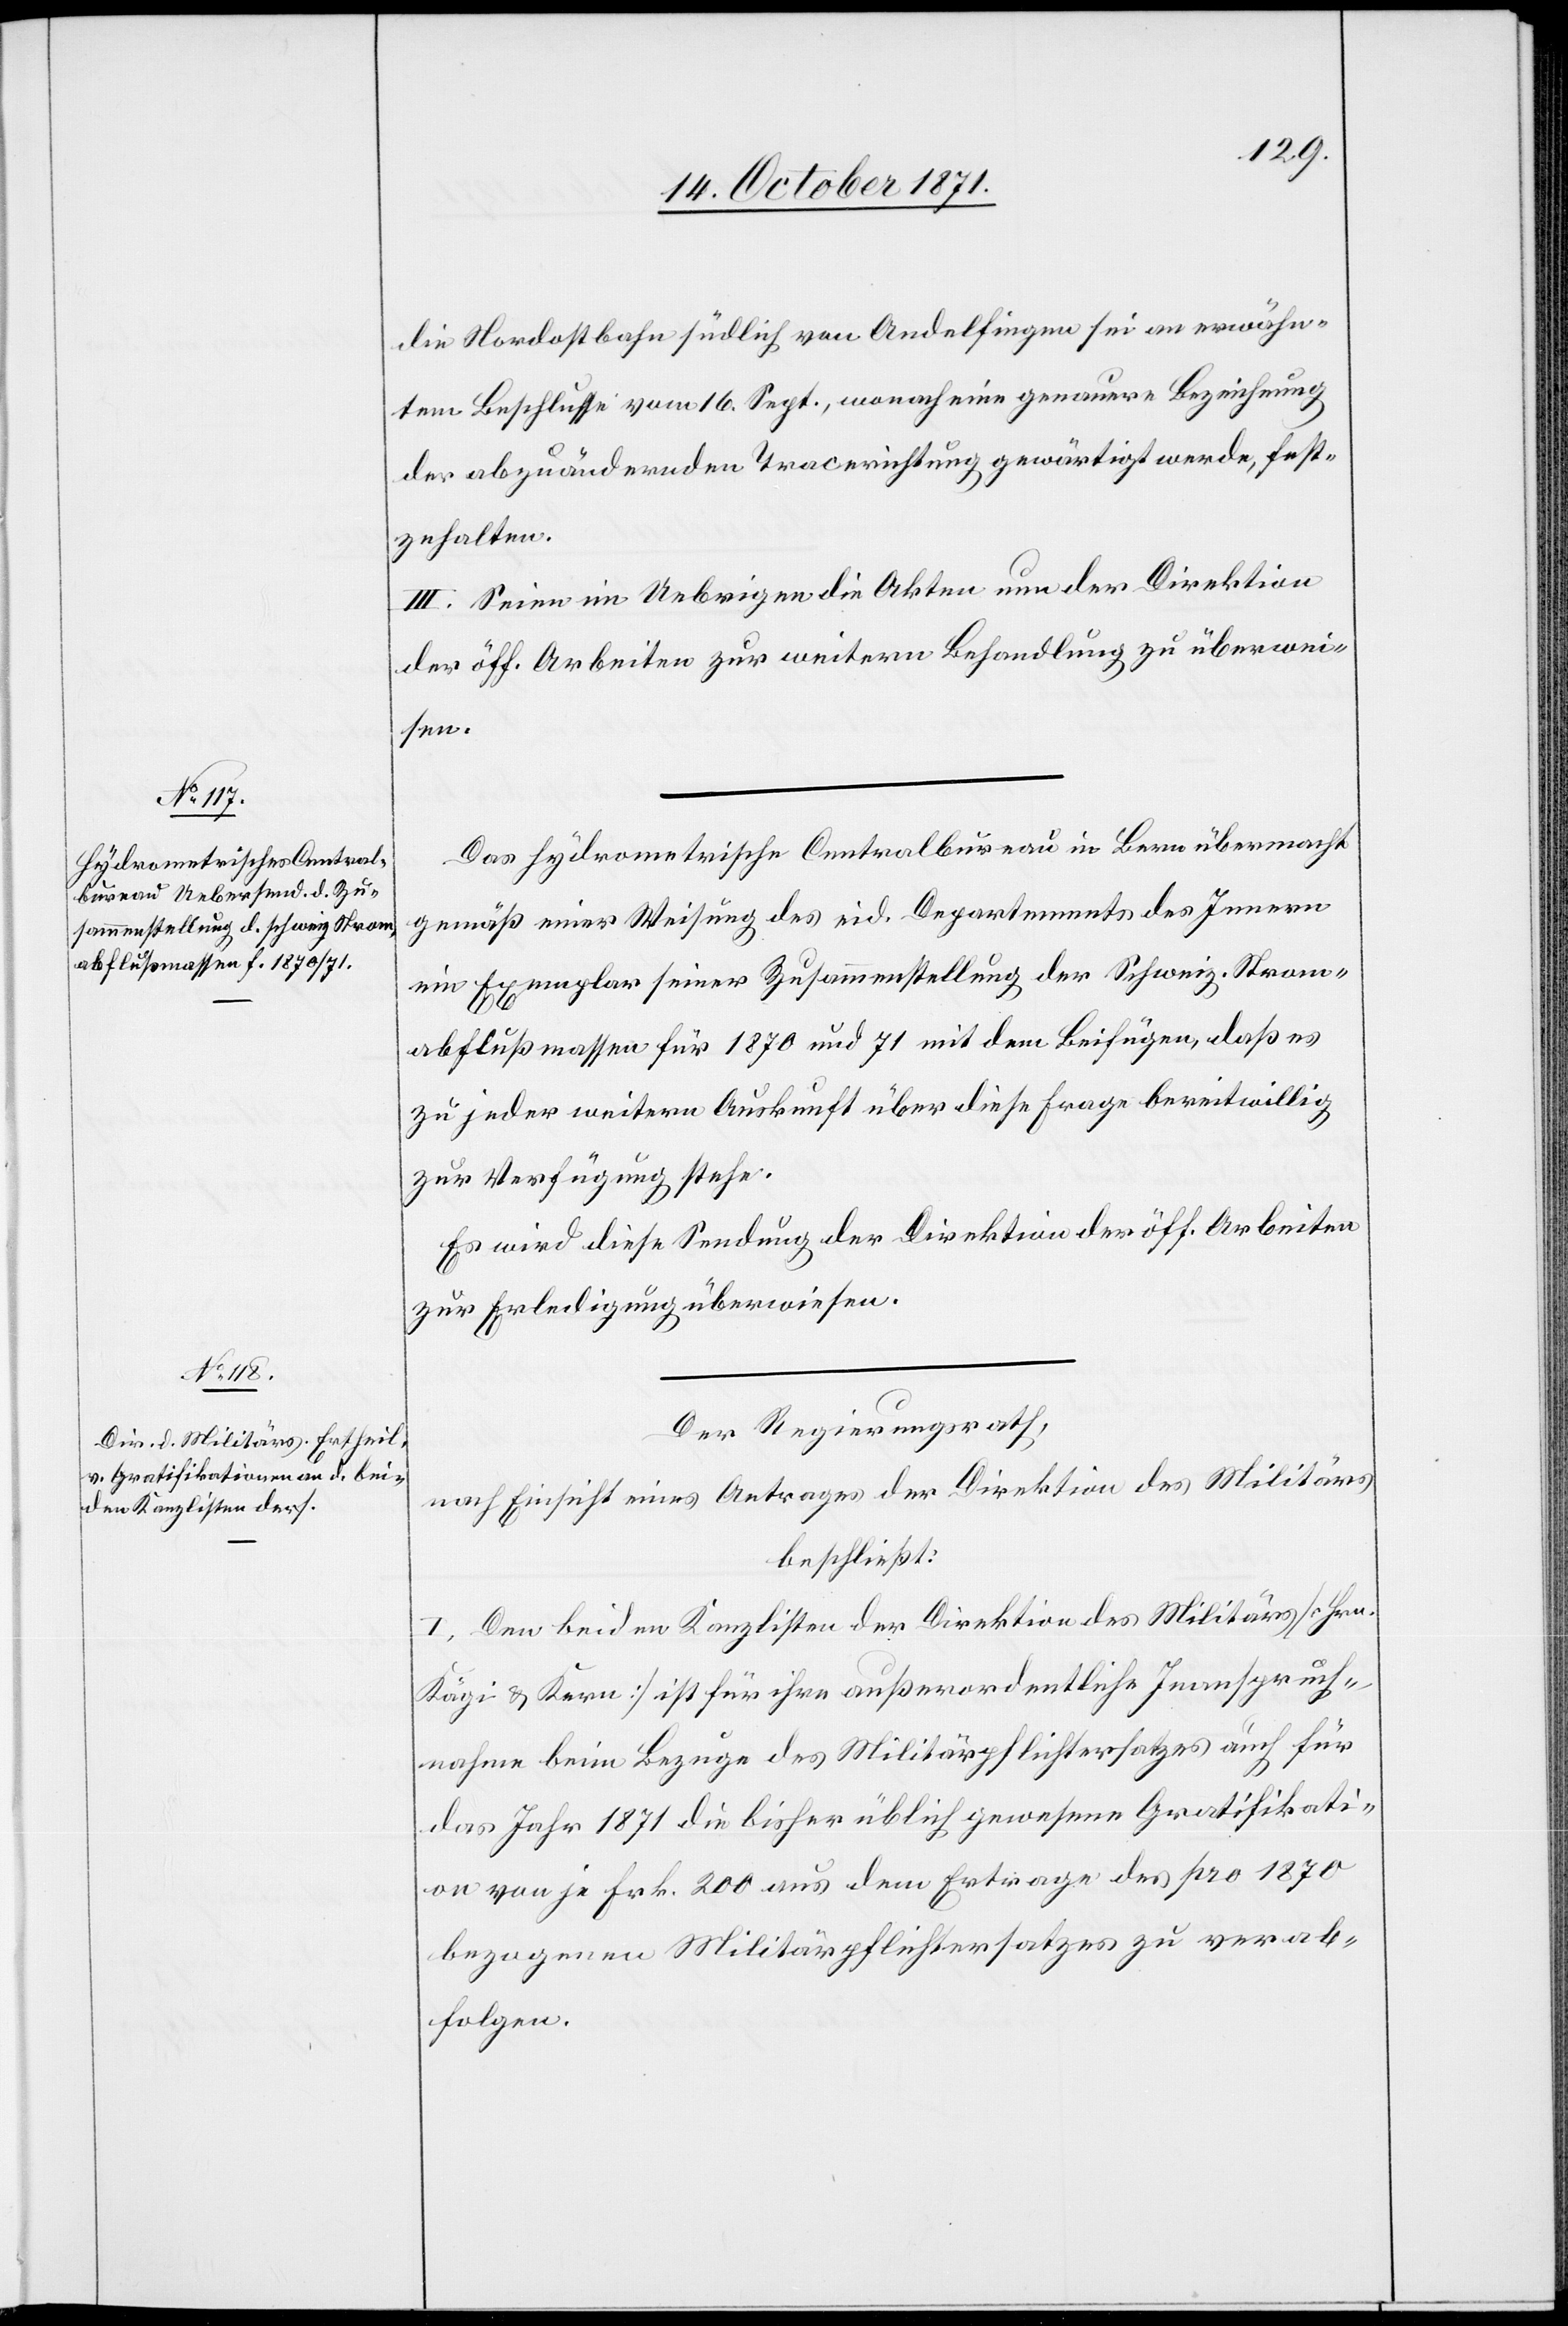
die Nordostbahn südlich von Andelfingen sei an erwähn¬
tem Beschlusse vom 16. Sept., wonach eine genauere Bezeichnung
der abzuändernden Tracerichtung gewärtigt werde, fest¬
zuhalten.
III. Seien im Uebrigen die Akten nun der Direktion
der öff. Arbeiten zur weitern Behandlung zu überwei¬
sen.
Das hydrometrische Centralbureau in Bern übermacht
gemäß einer Weisung des eid. Departements des Innern
ein Exemplar seiner Zusammenstellung der schweiz. Strom¬
abflußmassen für 1870 und 71 mit dem Beifügen, daß es
zu jeder weitern Auskunft über diese Frage bereitwillig
zur Verfügung stehe.
Es wird diese Sendung der Direktion der öff. Arbeiten
zur Erledigung überwiesen.
Der Regierungsrath,
nach Einsicht eines Antrages der Direktion des Militärs
beschließt:
I. Den beiden Kanzlisten der Direktion des Militärs [Hrn.
Kägi & Kern] ist für ihre außerordentliche Inanspruch¬
nahme beim Bezug des Militärpflichtersatzes auch für
das Jahr 1871 die bisher üblich gewesene Gratifikati¬
on von je Frk. 200 aus dem Ertrage des pro 1870
bezogenen Militärpflichtersatzes zu verab¬
folgen.